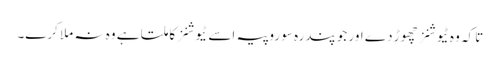
تا کہ وہ ٹیوشنز چھوڑ دے اور جو پندرہ سو روپیہ اسے ٹیوشنز کا ملتا ہے وہ نہ ملا کرے۔